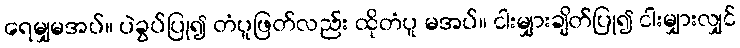
ရေမျှမအပ်။ ပဲခွပ်ပြု၍ တံပူဖြတ်လည်း ထိုတံပူ မအပ်။ ငါးမျှားချိတ်ပြု၍ ငါးမျှားလျှင်